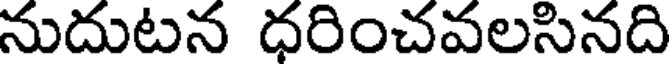
నుదుటన ధరించవలసినది